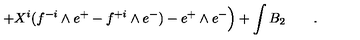
+ X ^ { i } ( f ^ { - i } \wedge e ^ { + } - f ^ { + i } \wedge e ^ { - } ) - e ^ { + } \wedge e ^ { - } \Big ) + \int B _ { 2 } \qquad .